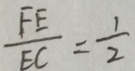
\frac { F E } { E C } = \frac { 1 } { 2 }